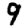
Digit: 9